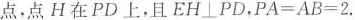
点，点H在PD上，且EH \bot PD，$$P A = A B = 2$$.